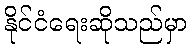
နိုင်ငံရေးဆိုသည်မှာ